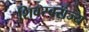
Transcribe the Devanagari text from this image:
शिवस्वराज्य